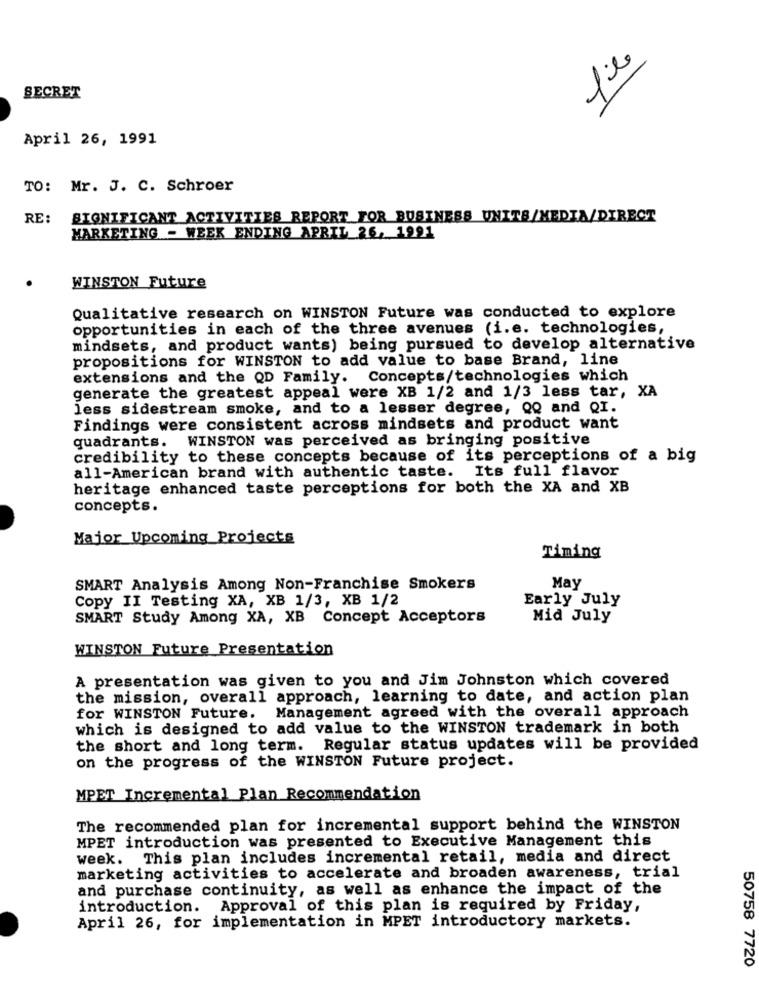
fie
SECRET
April 26, 1991
TO: Mr. J. C. Schroer
RE:
SIGNIFICANT ACTIVITIES REPORT FOR BUSINESS UNITS/MEDIA/DIRECT
MARKETING - WEEK ENDING APRIL 26, 1991
WINSTON Future
Qualitative research on WINSTON Future was conducted to explore
opportunities in each of the three avenues (i.e. technologies,
mindsets, and product wants) being pursued to develop alternative
propositions for WINSTON to add value to base Brand, line
extensions and the QD Family. Concepts/technologies which
generate the greatest appeal were XB 1/2 and 1/3 less tar, XA
less sidestream smoke, and to a lesser degree, QQ and QI.
Findings were consistent across mindsets and product want
quadrants. WINSTON was perceived as bringing positive
credibility to these concepts because of its perceptions of a big
all-American brand with authentic taste. Its full flavor
heritage enhanced taste perceptions for both the XA and XB
concepts.
Major Upcoming Projects
Timing
SMART Analysis Among Non-Franchise Smokers
May
Copy II Testing XA, XB 1/3, XB 1/2
Early July
SMART Study Among XA, XB Concept Acceptors
Mid July
WINSTON Future Presentation
A presentation was given to you and Jim Johnston which covered
the mission, overall approach, learning to date, and action plan
for WINSTON Future. Management agreed with the overall approach
which is designed to add value to the WINSTON trademark in both
the short and long term. Regular status updates will be provided
on the progress of the WINSTON Future project.
MPET Incremental Plan Recommendation
The recommended plan for incremental support behind the WINSTON
MPET introduction was presented to Executive Management this
week. This plan includes incremental retail, media and direct
marketing activities to accelerate and broaden awareness, trial
and purchase continuity, as well as enhance the impact of the
introduction. Approval of this plan is required by Friday,
April 26, for implementation in MPET introductory markets.
50758 7720